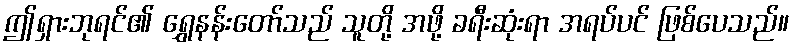
ဤရှားဘုရင်၏ ရွှေနန်းတော်သည် သူတို့ အဖို့ ခရီးဆုံးရာ အရပ်ပင် ဖြစ်ပေသည်။